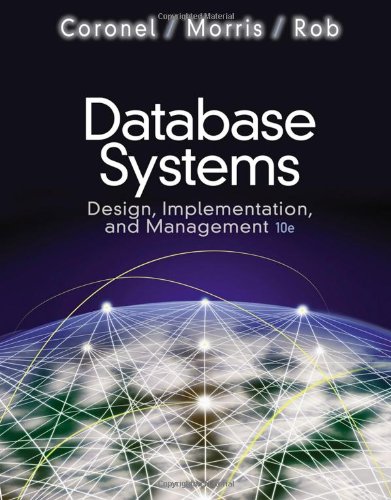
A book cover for Database Systems: Design, Implementation, and Management (with Premium WebSite Printed Access Card and Essential Textbook Resources Printed Access Card); Carlos Coronel; Computers & Technology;